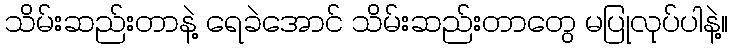
သိမ်းဆည်းတာနဲ့ ရေခဲအောင် သိမ်းဆည်းတာတွေ မပြုလုပ်ပါနဲ့။